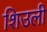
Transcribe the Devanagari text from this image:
शिउली